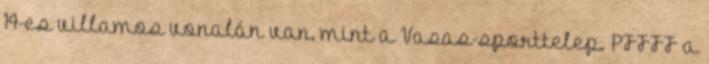
14-es villamos vonalán van, mint a Vasas-sporttelep. PFFFF a